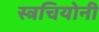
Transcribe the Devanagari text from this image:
स्त्रचियोनी